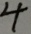
4